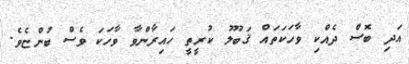
އަދި ބޮސް ދެއްކި ވާހަކަތައް ޤަބޫލު ކުރީތީ ހައިރާންވާ ވާހަކަ ވެސް ބުންޏެވެ.